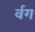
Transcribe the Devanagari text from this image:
र्वग